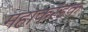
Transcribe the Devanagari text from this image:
महाकरंडक